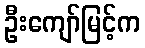
ဦးကျော်မြင့်က